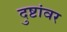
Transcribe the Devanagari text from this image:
दुष्टांवर